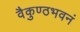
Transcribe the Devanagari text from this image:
वैकुण्ठभवनं